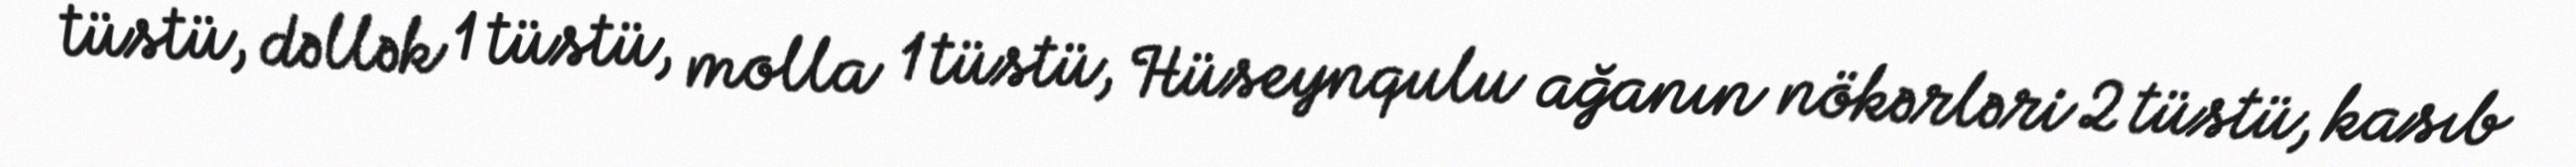
tüstü, dəllək 1 tüstü, molla 1 tüstü, Hüseynqulu ağanın nökərləri 2 tüstü, kasıb